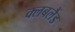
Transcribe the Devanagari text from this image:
क्लबलैंड